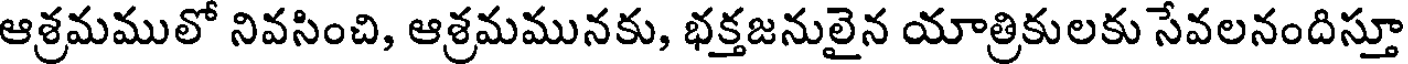
ఆశ్రమములో నివసించి, ఆశ్రమమునకు, భక్తజనులైన యాత్రికులకు సేవలనందిస్తూ